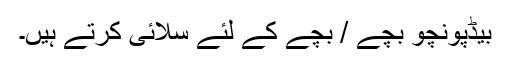
بیڈپونچو بچے / بچے کے لئے سلائی کرتے ہیں۔